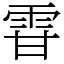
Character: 雸